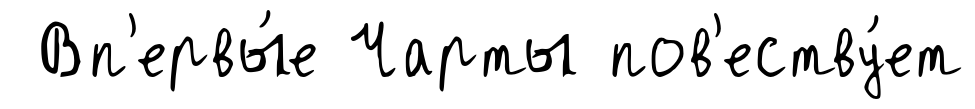
Вп'ервы́е Чарты пов'еству́ет